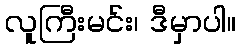
လူကြီးမင်း၊ ဒီမှာပါ။